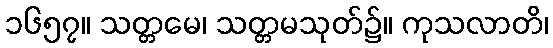
၁၆၅၇။ သတ္တမေ၊ သတ္တမသုတ်၌။ ကုသလာတိ၊